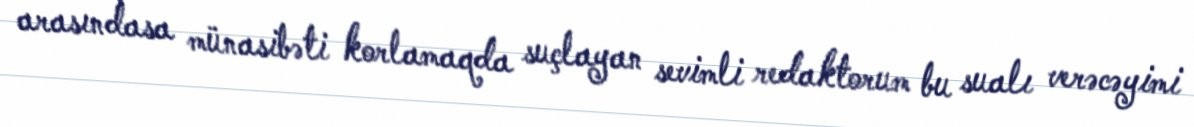
arasındasa münasibəti korlamaqda suçlayan sevimli redaktorum bu sualı verəcəyimi